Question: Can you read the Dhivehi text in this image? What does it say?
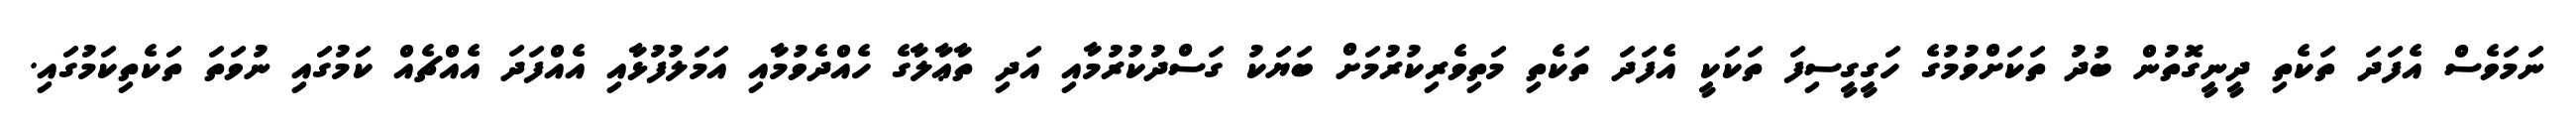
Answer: ނަމަވެސް އެފަދަ ތަކެތި ދީނީގޮތުން ބުދު ތަކަށްވުމުގެ ހަގީގީސިފަ ތަކަކީ އެފަދަ ތަކެތި މަތިވެރިކުރުމަށް ބަޔަކު ގަސްދުކުރުމާއި އަދި ތާޢާލާގެ ހެއްދެވުމާއި އަމަލުފުޅާއި އެއްފަދަ އެއްޗެއް ކަމުގައި ނުވަތަ ތަކެތިކަމުގައި.